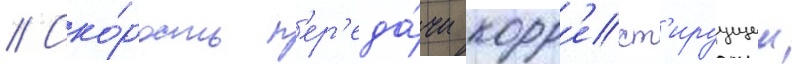
// Ско́рость п'ер'еда́чи корр'ект'ируущеи